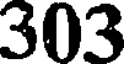
303